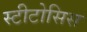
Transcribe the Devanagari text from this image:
स्टीटोसिस